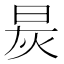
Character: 𬀯